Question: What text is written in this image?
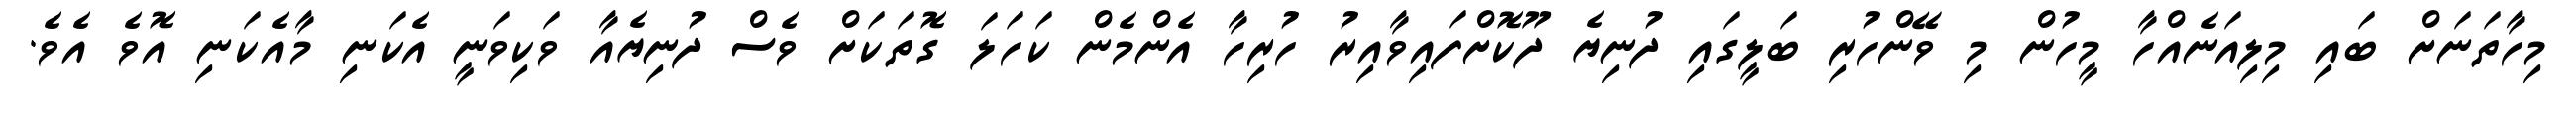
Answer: މިހާތަނަށް ބައި މިލިއަނެއްހާ މީހުން މި ވޭންހުރި ބަލީގައި ދުނިޔެ ދޫކޮށްފައިވާއިރު ހުރިހާ އެންމެން ކަހަލަ ގޮތަކަށް ވެސް ދުނިޔެއާ ވަކިވަނީ އެކަނި މާއެކަނި އޮވެ އެވެ.